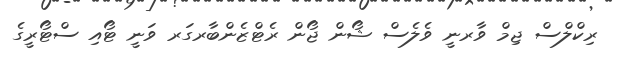
ރިކްލްސް ޖިމް ވާރނީ ވެލެސް ޝޯން ޖޯން ރެޓްޒެންބާރގަރ ވަނީ ޓޯއި ސްޓޯރީގެ